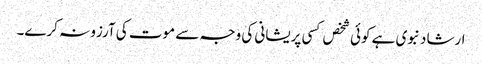
ارشاد نبوی ہے کوئی شخص کسی پریشانی کی وجہ سے موت کی آرزو نہ کرے۔